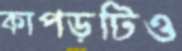
কাপড়টিও